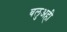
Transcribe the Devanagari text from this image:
बलुअही